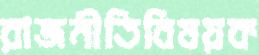
রাজনীতিবিষয়ক